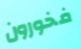
فخورون